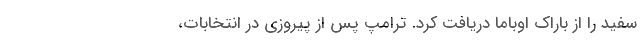
سفید را از باراک اوباما دریافت کرد. ترامپ پس از پیروزی در انتخابات،